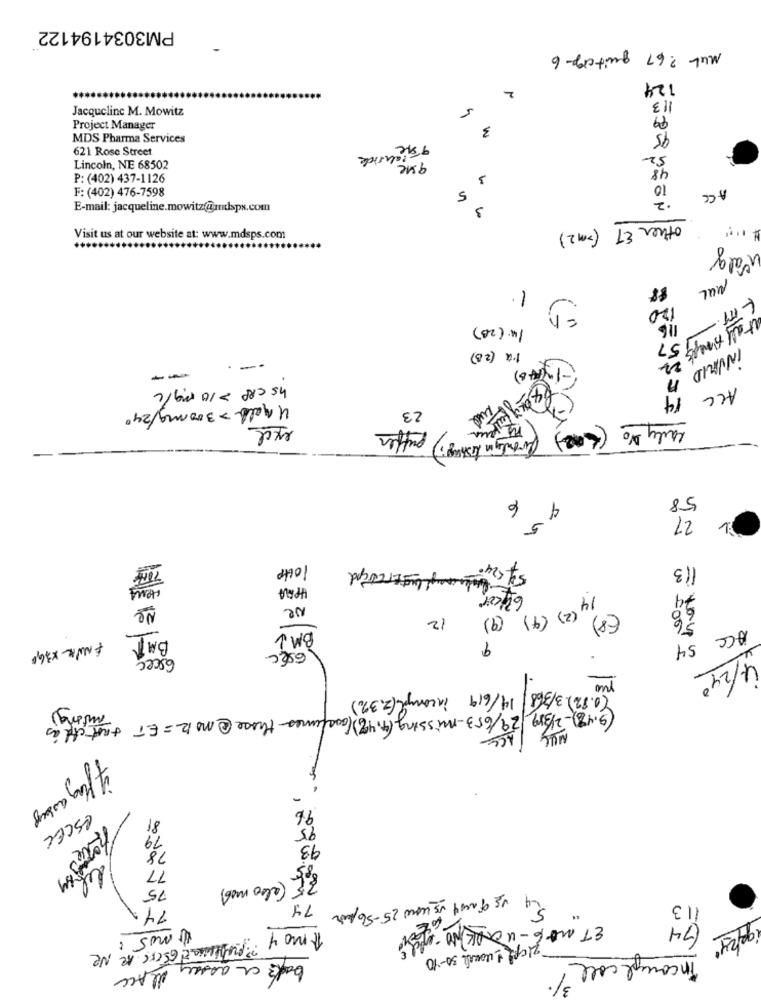
PM3034194122
Mul ?67 quiteige 6
2
124
113
Jacqueline M. Mowitz
3
Project Manager
95
MDS Pharma Services
621 Rose Street
52
48
Lincoln, NE 68502
P: (402) 437-1126
10
F: (402) 476-7598
5
ACC
3
E-mail: jacqueline.mowitz@undspx.com
+++
other ET (=m2)
Visit us at our website at: www.mdsps.com
valg
1.
88
MUL
120
14.(23)
1.x (28)
INVALID
hs CRP > 10 mg/L
14
ALL
4 malk = 300mg/240
23
excl
early %
puffer
( ne) (fronty in tiskag)
58
6
4
21
5
113
Ne
Ne
68
12
(9)
14 (2) (4)
(8)
BMW
FNVKL X36,5
9
ACC 54
6sec
6sec
yue
4/240
(0.82) 3/368 / 14/619 incompl ( 2,3%)
(9.47)-2/389 29/653-missing (4,4%) (costumes those @MOR=ET +ust chdas
ACE
-
of flag assous
96
81
95
ESCEL
19
78
93
77
del
75
141
74
24 VE quest us now 25-56 pour
113
ET work - WORK To de
(74
" mos :
Amo 4
9g/24"
Zich +usual 30-10
Incompl cole
aleAC